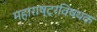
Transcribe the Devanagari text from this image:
महाराष्‍ट्रविषयक